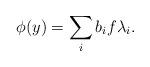
LaTeX: \begin{align*} \phi(y)=\sum_ib_if\lambda_i. \end{align*}